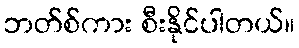
ဘတ်စ်ကား စီးနိုင်ပါတယ်။